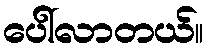
ပေါ်လာတယ်။